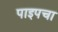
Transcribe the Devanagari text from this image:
पाइपचा